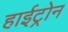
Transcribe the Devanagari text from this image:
हाईट्रोन